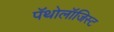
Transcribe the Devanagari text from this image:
पॅथोलॉजिस्ट